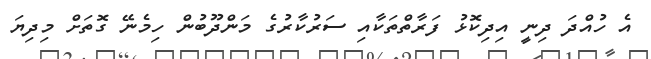
އެ ހުއްދަ ދިނީ އިދިކޮޅު ފަރާތްތަކާއި ސަރުކާރުގެ މަންދޫބުން ހިމެނޭ ގޮތަށް މިދިޔަ